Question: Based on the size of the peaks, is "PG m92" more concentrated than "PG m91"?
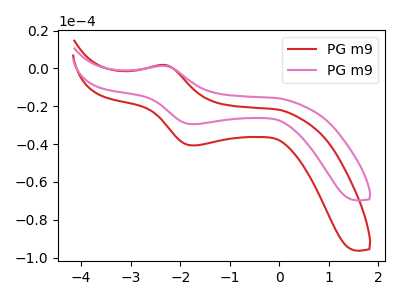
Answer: <think>The red curve "PG m91" has an anodic peak at (-2.30V, 1.85uA) and a cathodic peak at (-1.75V, -40.75uA). The pink curve "PG m92" has an anodic peak at (-2.30V, 1.30uA) and a cathodic peak at (-1.75V, -29.50uA).
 All the peaks in "PG m91" have a peak in "PG m92" at the same potential. Every peak in "PG m91" is higher than every peak in "PG m92".</think>
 <answer>"PG m91" has more signal than "PG m92" and so likely has a higher concentration.</answer>
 <eval>more_concentration</eval>